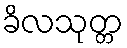
ခိလသုတ္တ